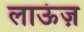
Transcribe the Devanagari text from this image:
लाऊंज़